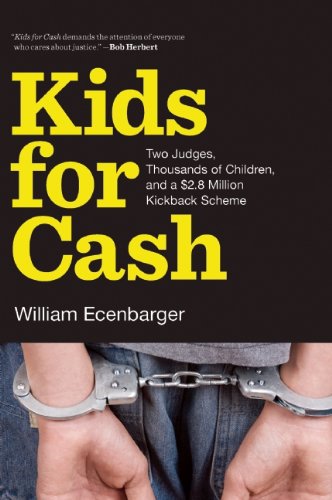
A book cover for Kids for Cash: Two Judges, Thousands of Children, and a $2.8 Million Kickback Scheme; William Ecenbarger; Biographies & Memoirs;